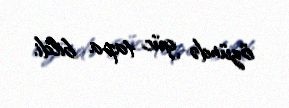
özündə güc tapa bildi.